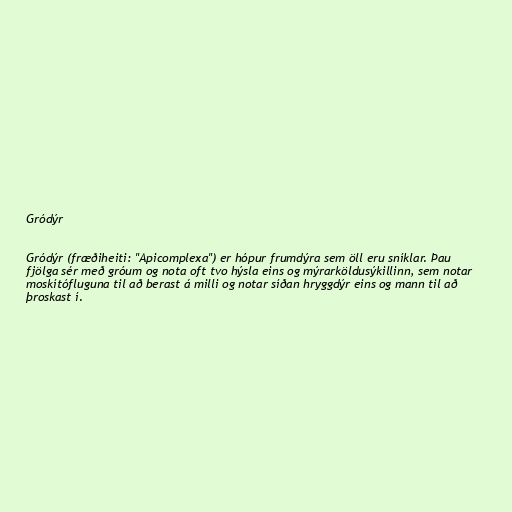
Gródýr

Gródýr (fræðiheiti: "Apicomplexa") er hópur frumdýra sem öll eru sníklar. Þau
fjölga sér með gróum og nota oft tvo hýsla eins og mýrarköldusýkillinn, sem notar
moskítófluguna til að berast á milli og notar síðan hryggdýr eins og mann til að
þroskast í.